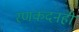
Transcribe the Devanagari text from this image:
रणकंदनही